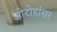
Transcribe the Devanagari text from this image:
ओटोहांसर